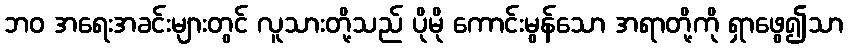
ဘဝ အရေးအခင်းများတွင် လူသားတို့သည် ပိုမို ကောင်းမွန်သော အရာတို့ကို ရှာဖွေ၍သာ